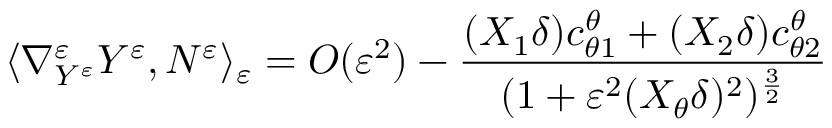
\langle \nabla _ { Y ^ { \varepsilon } } ^ { \varepsilon } Y ^ { \varepsilon } , N ^ { \varepsilon } \rangle _ { \varepsilon } = O ( \varepsilon ^ { 2 } ) - \frac { ( X _ { 1 } \delta ) c _ { \theta 1 } ^ { \theta } + ( X _ { 2 } \delta ) c _ { \theta 2 } ^ { \theta } } { ( 1 + \varepsilon ^ { 2 } ( X _ { \theta } \delta ) ^ { 2 } ) ^ { \frac { 3 } { 2 } } }